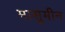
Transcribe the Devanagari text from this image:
मासूमीन